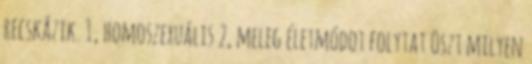
recskázik. 1, homoszexuális 2, meleg életmódot folytat Oszt milyen